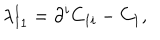
LaTeX: \lambda _ { 1 1 } ^ { 1 } = \partial ^ { i } C _ { 1 i } - C _ { 1 } ,